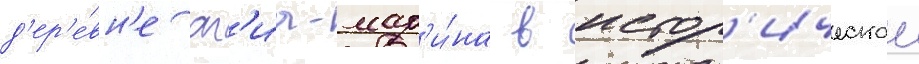
д'ер'е́вн'е аг'иа-мар'и́на в истор'ическои